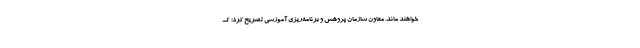
خواهند ماند. معاون سازمان پژوهش و برنامه‌ریزی آموزشی تصریح کرد: ک